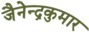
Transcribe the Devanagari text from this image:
जैनेन्द्रकुमार